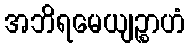
အဘိရမေယျဉ္စာဟံ